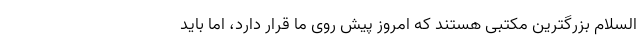
السلام بزرگترین مکتبی هستند که امروز پیش روی ما قرار دارد، اما باید